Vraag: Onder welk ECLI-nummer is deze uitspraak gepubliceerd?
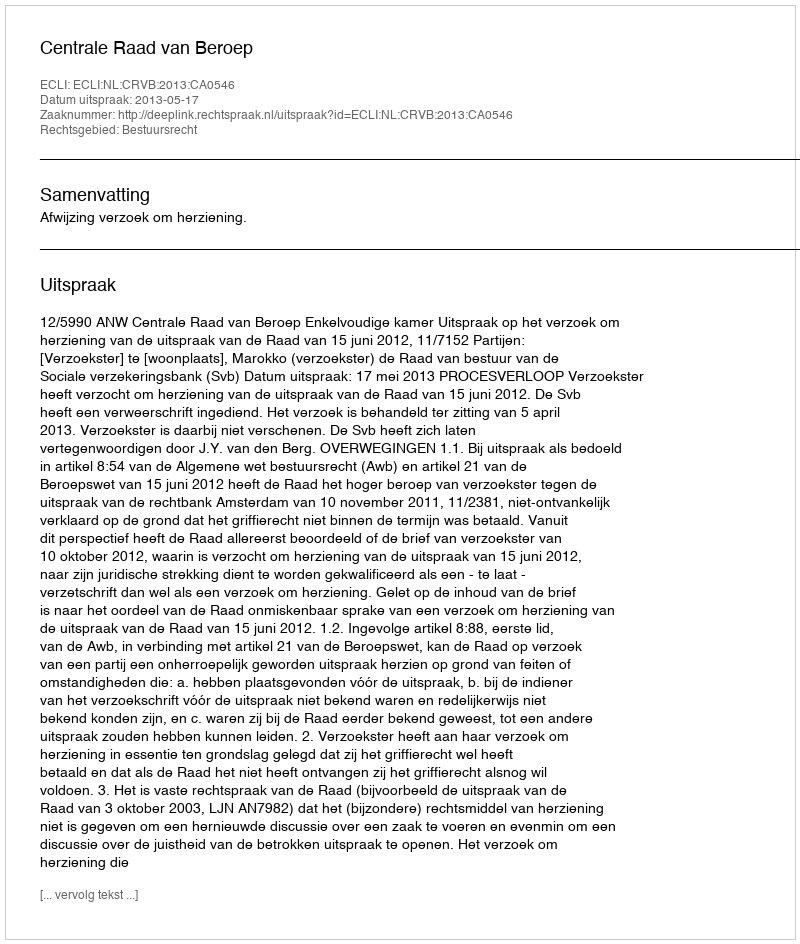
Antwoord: ECLI:NL:CRVB:2013:CA0546